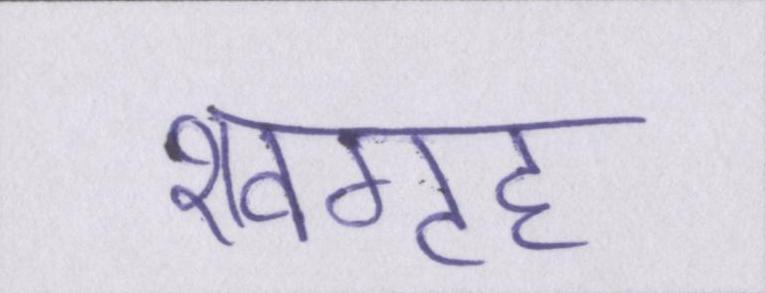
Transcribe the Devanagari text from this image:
शवगृह